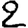
Digit: 2